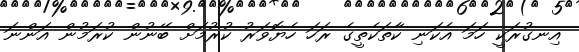
އިނގުރަކީ ހަމަ އެކަނި ކާތަކެތީގެ ރަހަ ހެޔޮވަރު ކުރުމަށް ބޭނުން ކުރަމުން އަންނަ